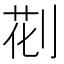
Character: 𠝐